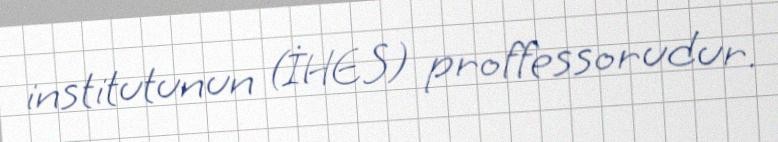
institutunun (İHES) proffessorudur.